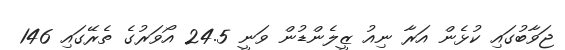
ޖަވާބުގައި ކުޅެން އަރާ ނިއު ޒީލެންޑުން ވަނީ 24.5 އޯވަރުގެ ތެރޭގައި 146